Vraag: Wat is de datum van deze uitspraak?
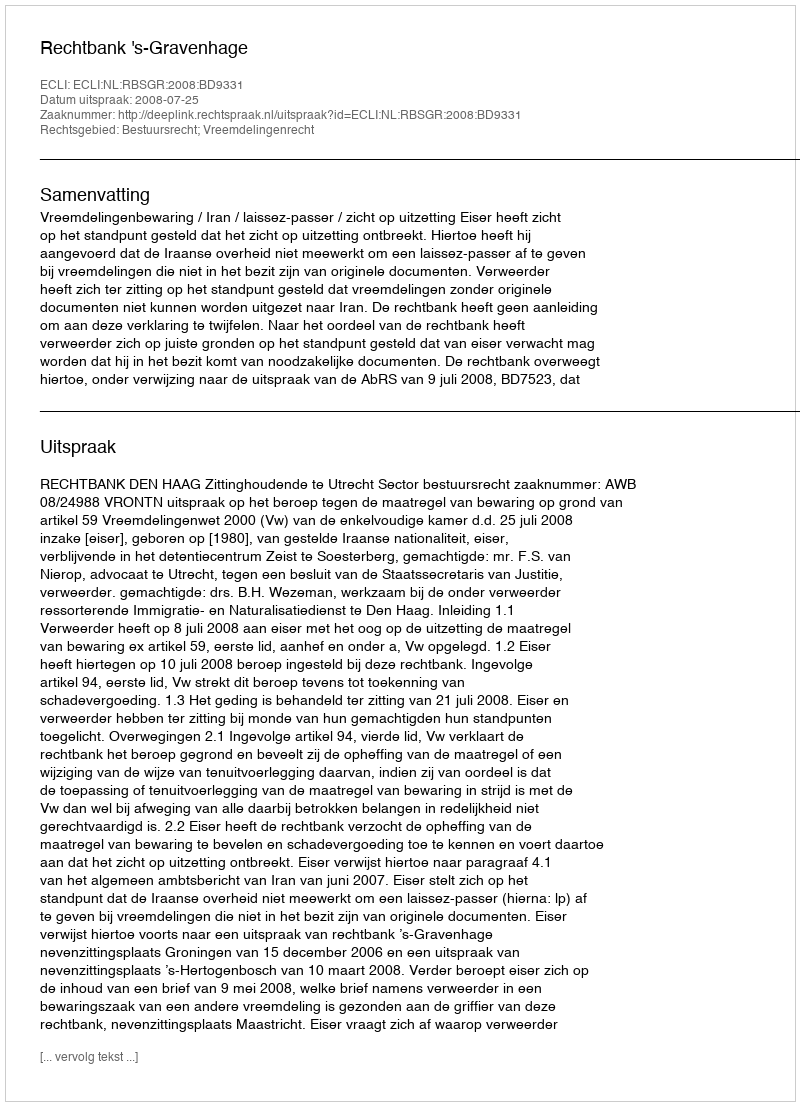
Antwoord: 2008-07-25